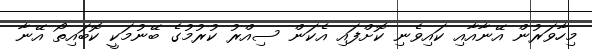
މިހާވަރުން އޭނާއާއި ކައިވެނި ކޮށްފައި އެކަން ސިއްރު ކުރުމުގެ ބޭނުމަކީ ކޮބައިތޯ އޭނާ